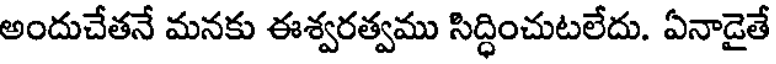
అందుచేతనే మనకు ఈశ్వరత్వము సిద్ధించుటలేదు. ఏనాడైతే